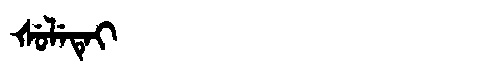
Manchu: ᡧᡠᠯᡝᡨᡝᡳ
Romanization: ŠULETEI